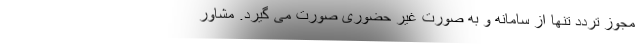
مجوز تردد تنها از سامانه و به صورت غیر حضوری صورت می گیرد. مشاور